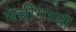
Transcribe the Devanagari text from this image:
मेचींगच्या